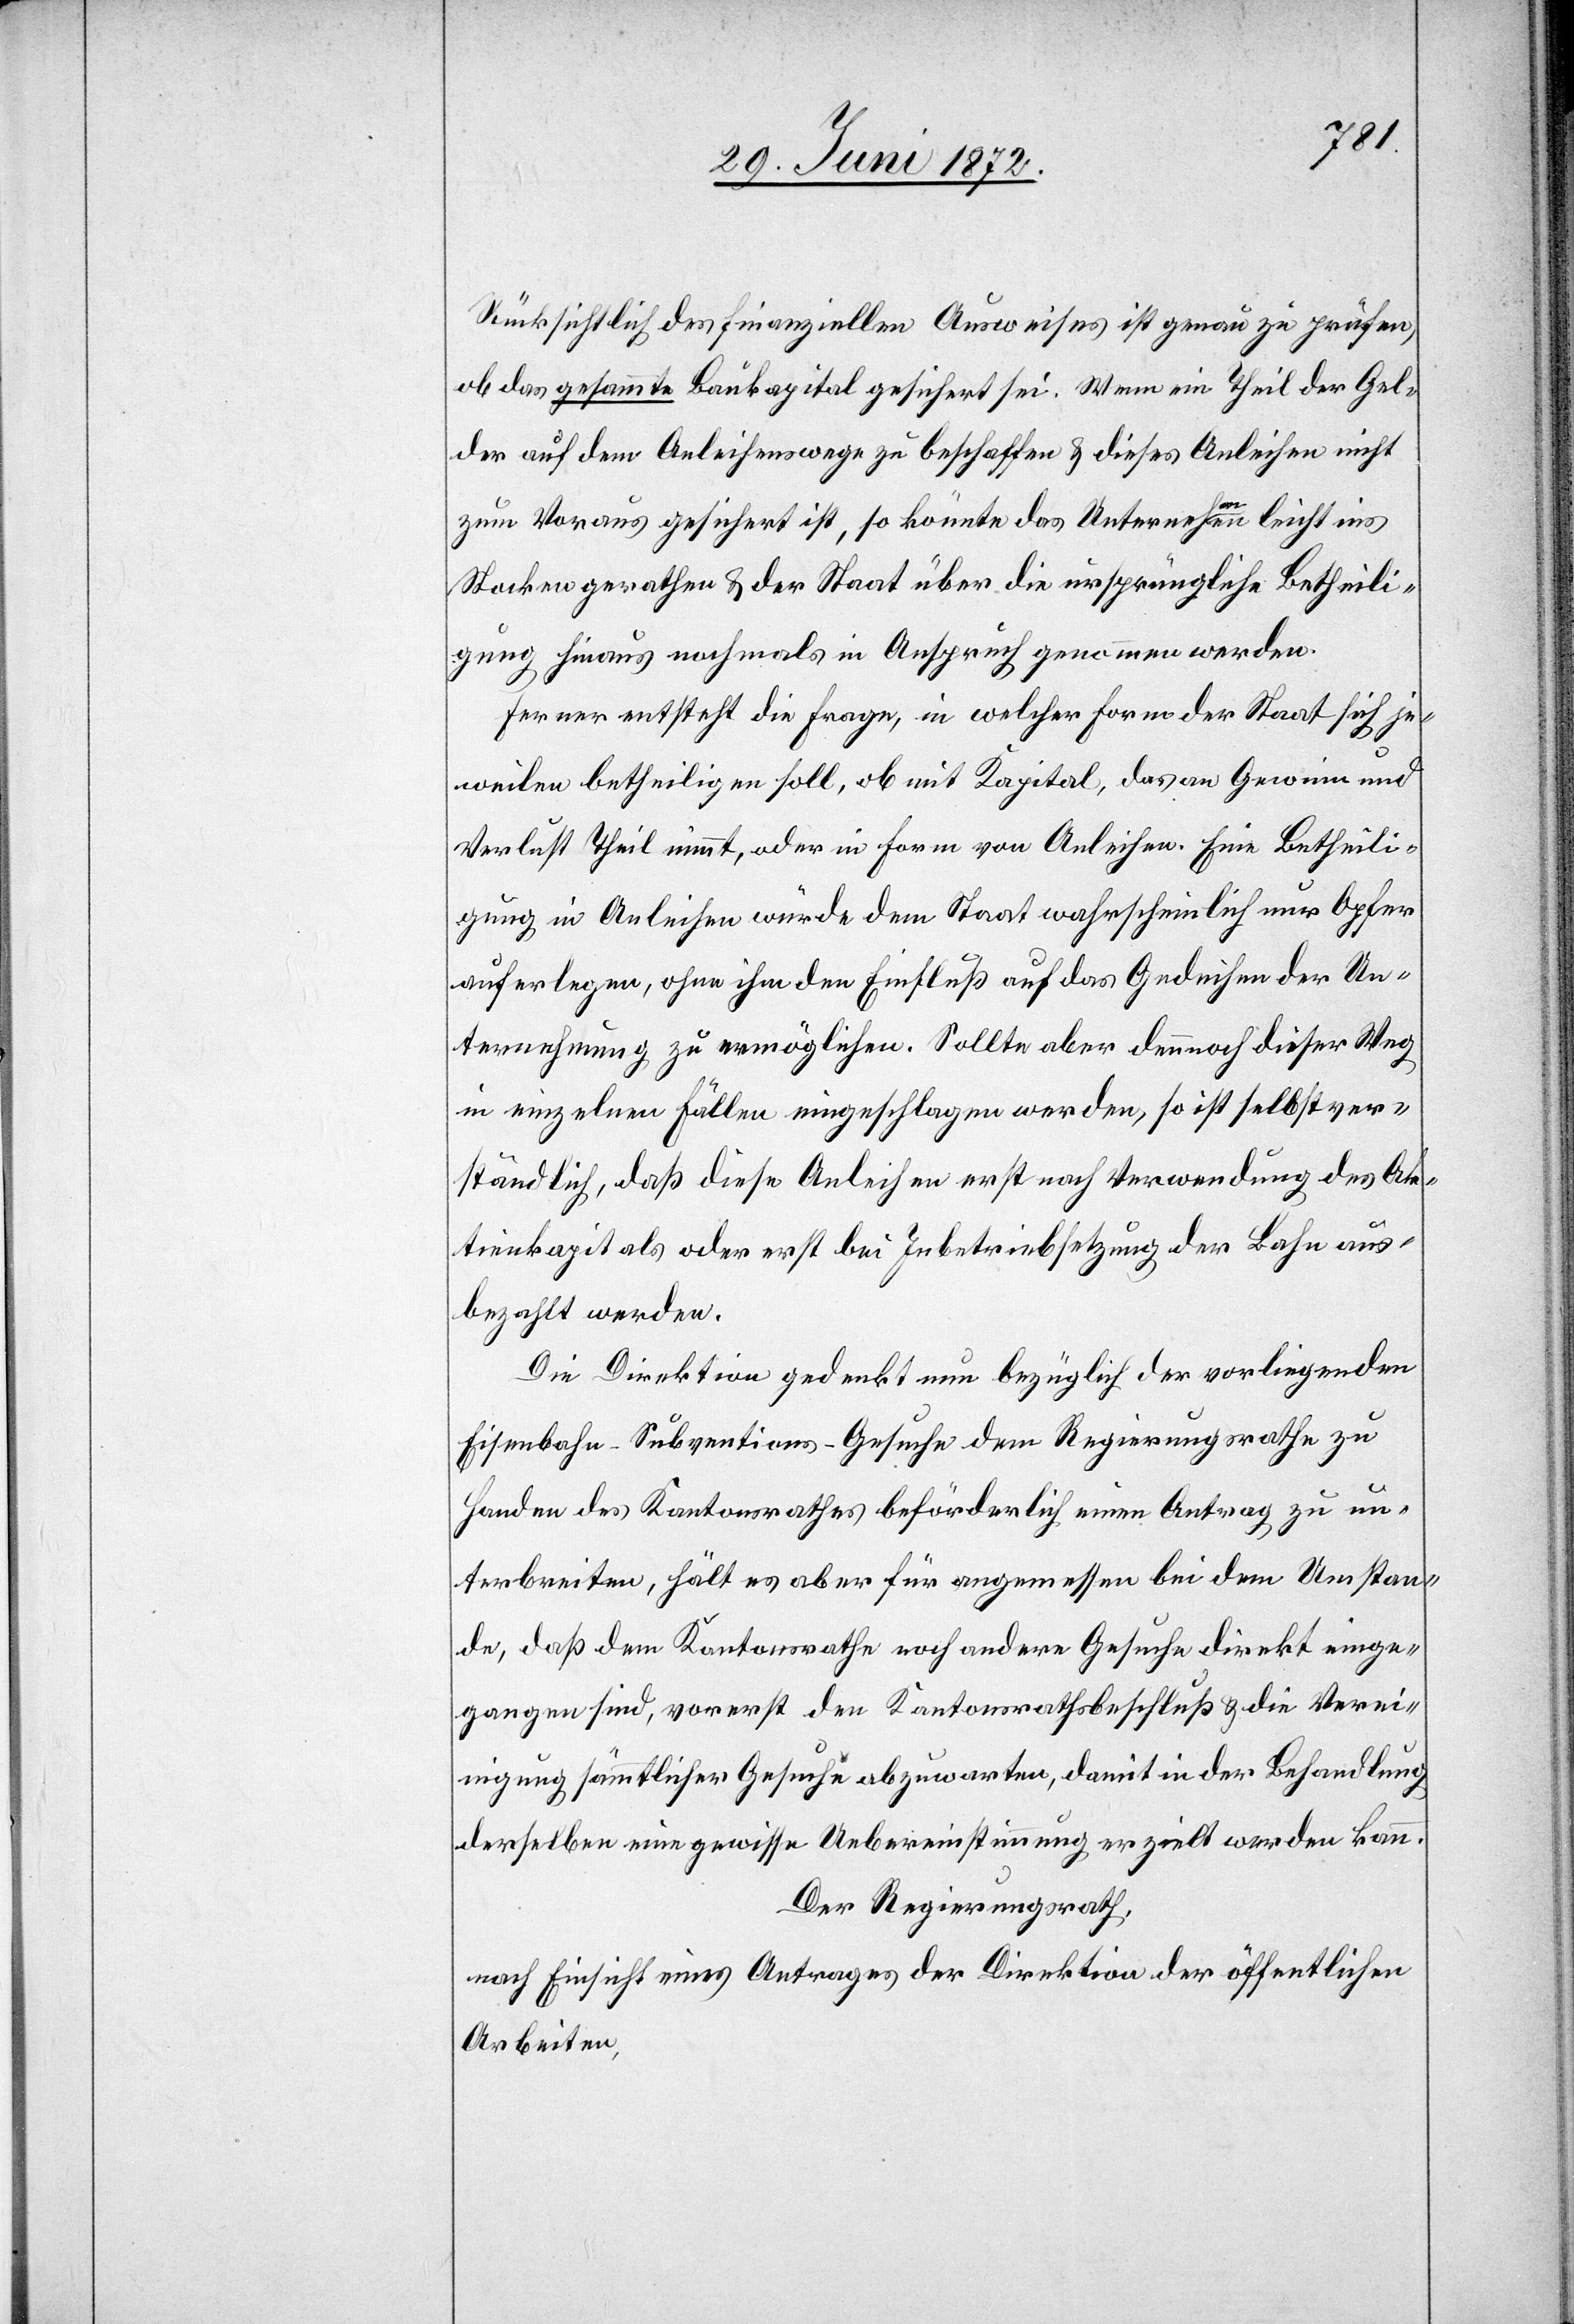
Rücksichtlich des finanziellen Ausweises ist genau zu prüfen,
ob das gesammte Baukapital gesichert sei. Wenn ein Theil der Gel¬
der auf dem Anleihenswege zu beschaffen u. dieses Anleihen nicht
zum Voraus gesichert ist, so könnte das Unternehmen leicht ins
Stocken gerathen u. der Staat über die ursprüngliche Betheili¬
gung hinaus nochmals in Anspruch genommen werden.
Ferner entsteht die Frage, in welcher Form der Staat sich je¬
weilen betheiligen soll, ob mit Kapital, das an Gewinn und
Verlust Theil nimmt, oder in Form von Anleihen. Eine Betheili¬
gung in Anleihen würde dem Staat wahrscheinlich nur Opfer
auferlegen, ohne ihm den Einfluß auf das Gedeihen der Un¬
ternehmung zu ermöglichen. Sollte aber dennoch dieser Weg
in einzelnen Fällen eingeschlagen werden, so ist selbstver¬
ständlich, daß diese Anleihen erst nach Verwendung des Ak¬
tienkapitals oder erst bei Inbetriebsetzung der Bahn aus¬
bezahlt werden.
Die Direktion gedenkt nun bezüglich der vorliegenden
Eisenbahn-Subventions-Gesuche dem Regierungsrathe zu
Handen des Kantonsrathes beförderlich einen Antrag zu un¬
terbreiten, hält es aber für angemessen bei dem Umstan¬
de, daß dem Kantonsrathe noch andere Gesuche direkt einge¬
gangen sind, vorerst den Kantonsrathsbeschluß u. die Verei¬
nigung sämmtlicher Gesuche abzuwarten, damit in der Behandlung
derselben eine gewisse Uebereinstimmung erzielt werden kann.
Der Regierungsrath,
nach Einsicht eines Antrages der Direktion der öffentlichen
Arbeiten,